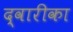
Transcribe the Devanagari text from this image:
द्वारीका